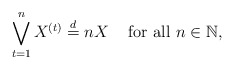
\begin{align*}\bigvee_{t=1}^{n}X^{(t)} \stackrel{d}{=} n X \;\;\; \mbox{ for all } n \in \mathbb{N},\end{align*}